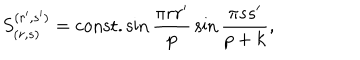
S _ { ( r , s ) } ^ { ( r ^ { \prime } , s ^ { \prime } ) } = \mathrm { c o n s t . } \sin { \frac { \pi r r ^ { \prime } } { p } } \sin { \frac { \pi s s ^ { \prime } } { p + k } } ,